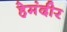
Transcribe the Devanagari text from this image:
हेमंदीर